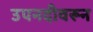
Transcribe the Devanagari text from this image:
उपनदीवरून